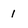
Character: 1